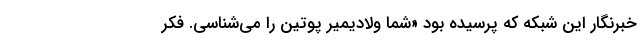
خبرنگار این شبکه که پرسیده بود «شما ولادیمیر پوتین را می‌شناسی. فکر